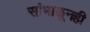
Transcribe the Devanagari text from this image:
सांभाळूनही